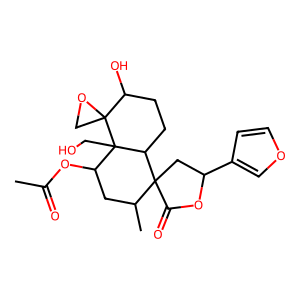
SMILES: CC(=O)OC1CC(C)C2(CC(c3ccoc3)OC2=O)C2CCC(O)C3(CO3)C12CO
Inhibits HIV replication: No